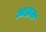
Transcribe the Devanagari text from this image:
आहाता